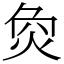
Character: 烉